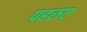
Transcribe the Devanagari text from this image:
पहरुए